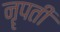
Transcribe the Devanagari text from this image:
नॄपती